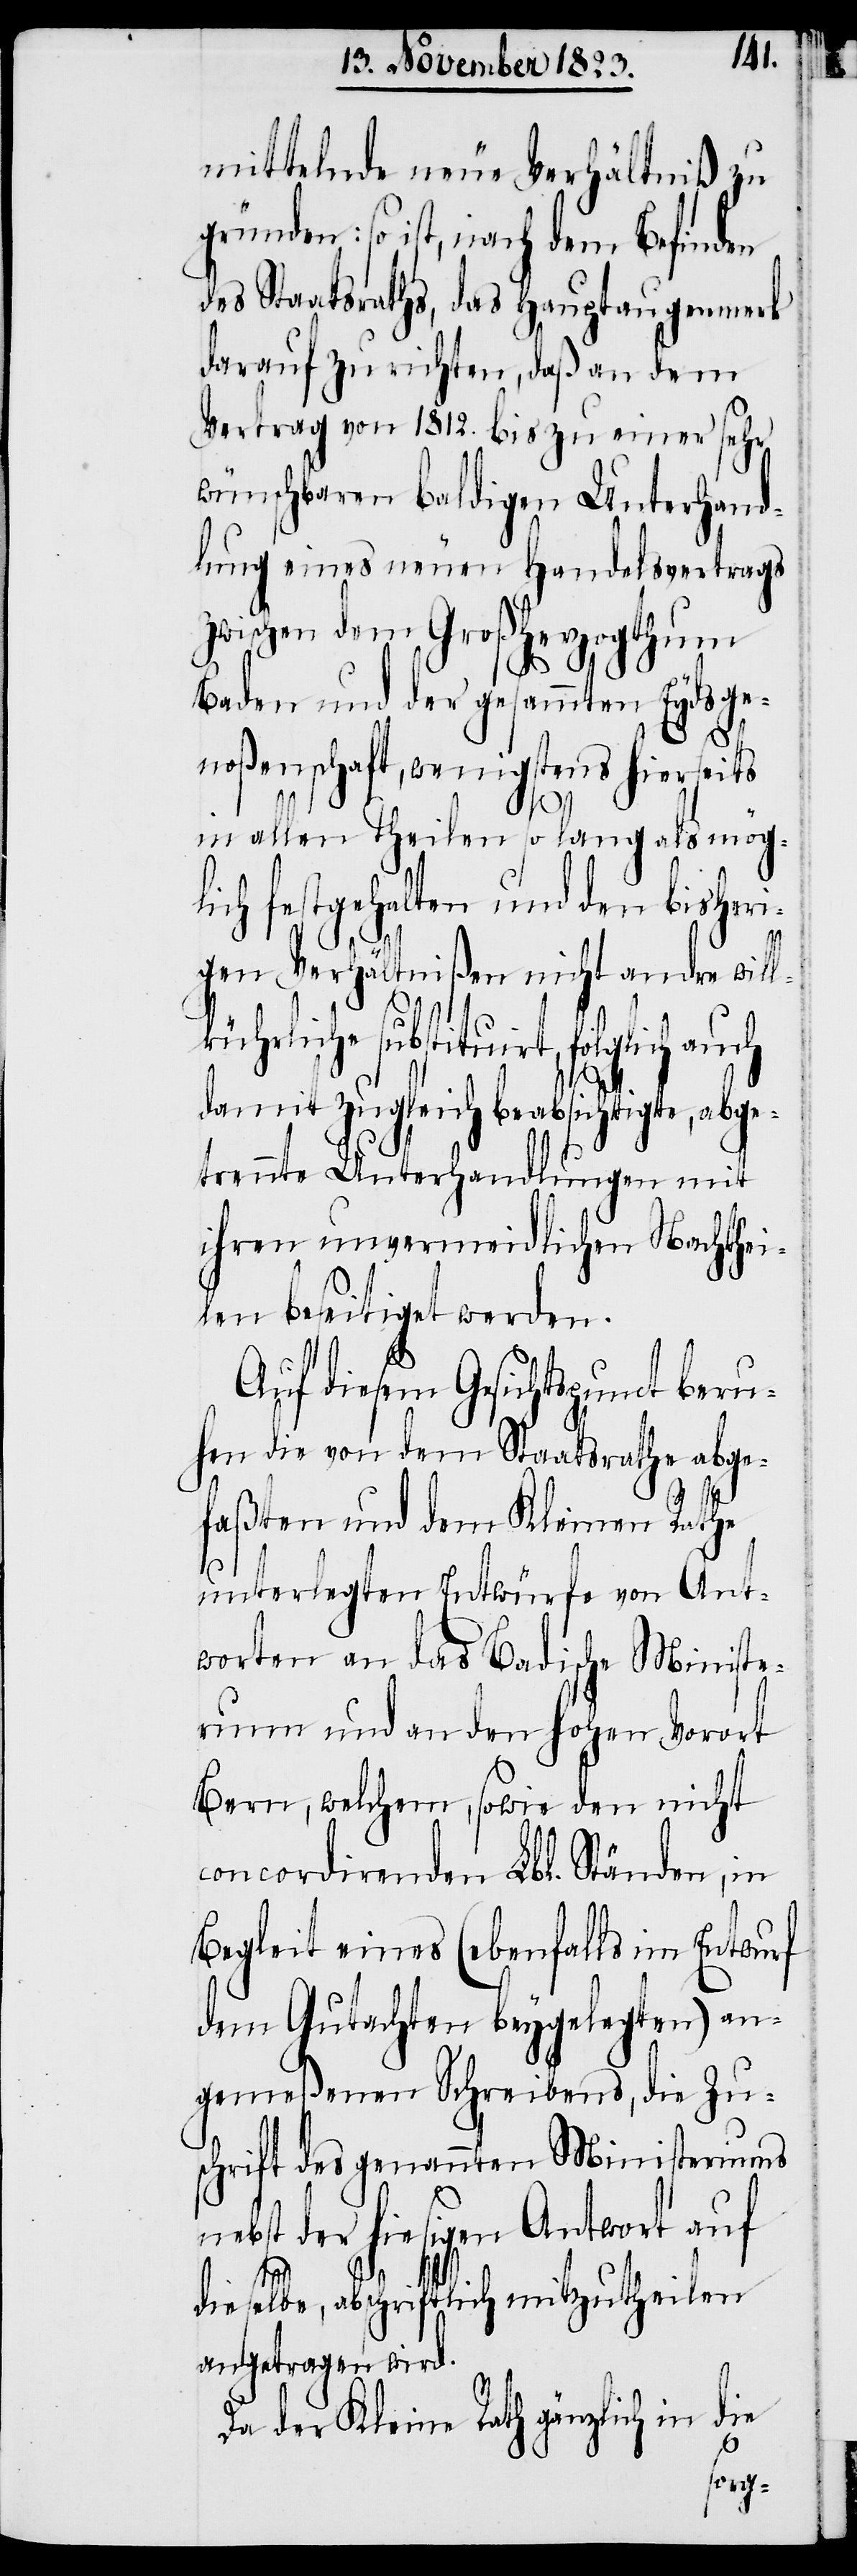
mittelnde neue Verhältniß zu
gründen: so ist, nach dem Befinden
des Staatsraths, das Hauptaugenmerk
darauf zu richten, daß an dem
Vertrag von 1812. bis zu einer sehr
wünschbaren baldigen Unterhand¬
lung eines neuen Handelsvertrags
zwischen dem Großherzogthum
Baden und der gesammten Eydsge¬
noßenschaft, wenigstens hierseits
in allen Theilen so lang als mögl¬
ich festgehalten und den bisheri¬
gen Verhältnißen nicht andre will¬
kührliche substituirt, folglich
damit zugleich beabsichtigte, abge¬
trennte Unterhandlungen mit
ihren unvermeidlichen Nachthei¬
len beseitiget werden.
Auf diesem Gesichtspunct beru¬
hen die von dem Staatsrathe abge¬
faßten und dem Kleinen Rathe
unterlegten Entwürfe von Ant¬
worten an das Badische Ministe¬
rium und an den hohen Vorort
Bern, welchem, sowie den nicht
concordirenden Lbl. Ständen, in
Begleit eines (ebenfalls im Entwurf
dem Gutachten beygelegten) an¬
gemeßenen Schreibens, die Zu¬
schrift des genannten Ministeriums
nebst der hiesigen Antwort auf
dieselbe, abschriftlich mitzutheilen
angetragen wird.
die
Da der Kleine Rath gänzlich in